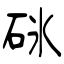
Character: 砯